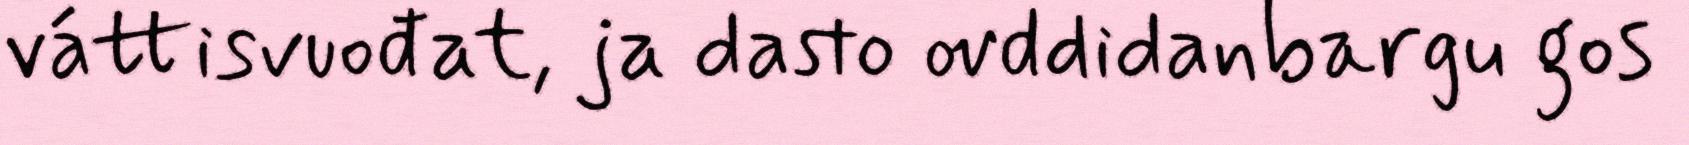
váttisvuođat, ja dasto ovddidanbargu gos